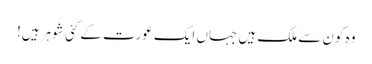
وہ کون سے ملک ہیں جہاں ایک عورت کے کئی شوہر ہیں!